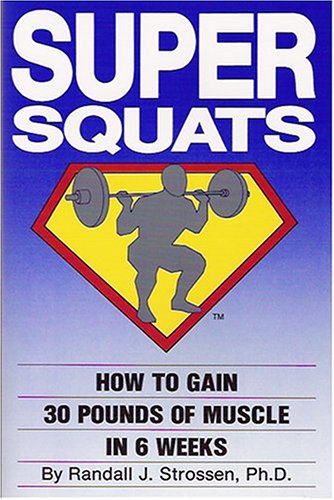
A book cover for Super Squats: How to Gain 30 Pounds of Muscle in 6 Weeks; Randall J. Strossen (Ph.D.); Health, Fitness & Dieting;